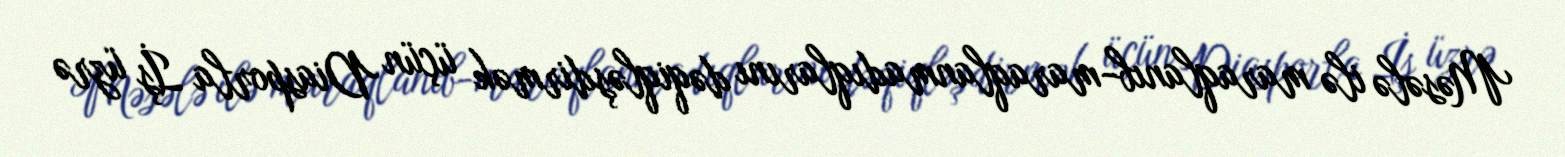
Məsələ ilə maraqlanıb-maraqlanmadıqlarını dəqiqləşdirmək üçün Diasporla İş üzrə